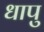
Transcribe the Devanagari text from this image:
धापु